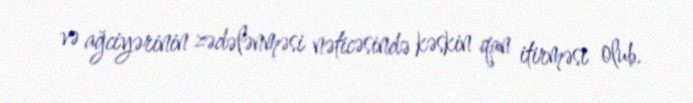
və ağciyərinin zədələnməsi nəticəsində kəskin qan itirməsi olub.